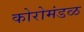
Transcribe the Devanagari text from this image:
कोरोमंडळ